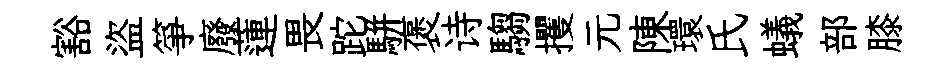
豁盜箏廢蓮畏跎駢褒诗騶攫元陳環氏蟻部膝